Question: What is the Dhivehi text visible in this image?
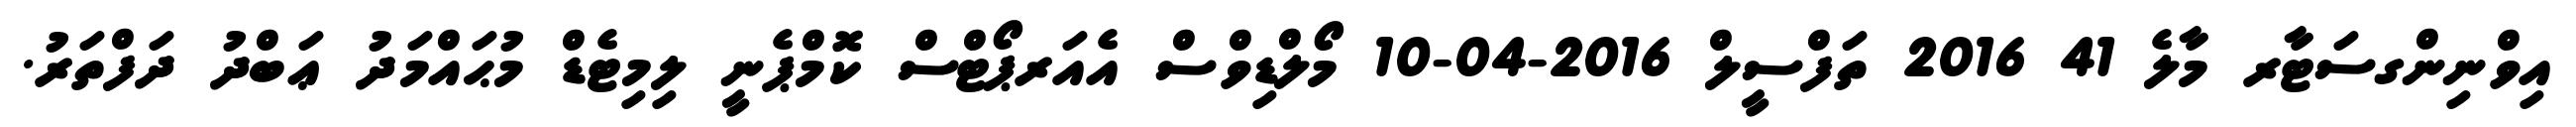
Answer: އިވްނިންގސަޓާރ މާލެ 41 2016 ތަފްސީލް 2016-04-10 މޯލްޑިވްސް އެއަރޕޯޓްސް ކޮމްޕެނީ ލިމިޓެޑް މުޙައްމަދު ޢަބްދު ދަފްތަރު.